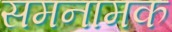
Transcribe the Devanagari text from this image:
समनामक